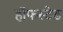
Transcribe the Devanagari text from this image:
हॉफस्टेड